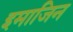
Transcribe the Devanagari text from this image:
इमाजिन